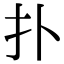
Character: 扑